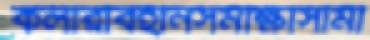
কলারবিহীনসমীক্ষাসামী